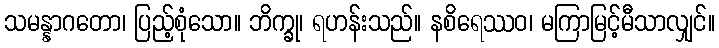
သမန္နာဂတော၊ ပြည့်စုံသော။ ဘိက္ခု၊ ရဟန်းသည်။ နစိရေဿဝ၊ မကြာမြင့်မီသာလျှင်။